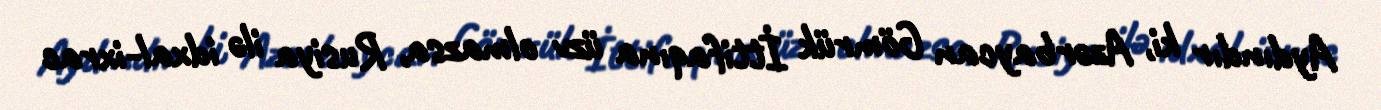
Aydındır ki, Azərbaycan Gömrük İttifaqına üzv olmazsa, Rusiya ilə idxal-ixrac